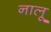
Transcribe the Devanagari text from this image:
नालू